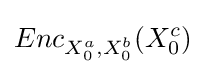
Enc_{X_{0}^{a},X_{0}^{b}}(X_{0}^{c})